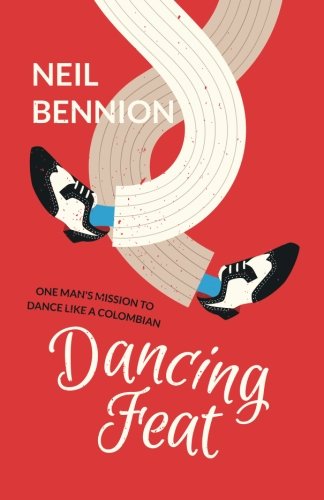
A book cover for Dancing Feat: One Man's Mission to Dance Like a Colombian; Neil Bennion; Travel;